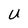
Character: U